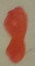
Text: 8